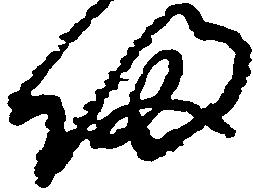
帰